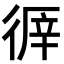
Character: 𢔭